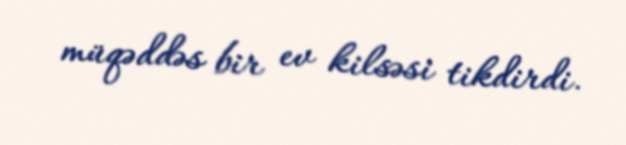
müqəddəs bir ev kilsəsi tikdirdi.